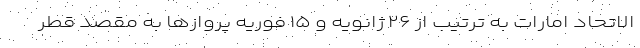
الاتحاد امارات به ترتیب از ۲۶ ژانویه و ۱۵ فوریه پروازها به مقصد قطر